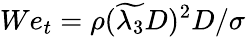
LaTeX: We_{t}=\rho(\widetilde{\lambda_{3}}D)^{2}D/\sigma